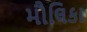
મૌલિકા